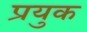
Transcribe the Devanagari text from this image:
प्रयुक